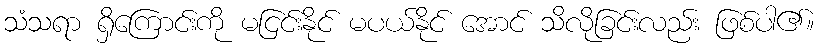
သံသရာ ရှိကြောင်းကို မငြင်းနိုင် မပယ်နိုင် အောင် သိလိုခြင်းလည်း ဖြစ်ပါ၏။